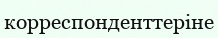
корреспонденттеріне